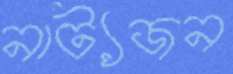
নাট্যজন